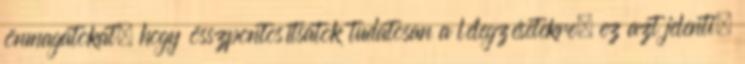
önmagatokat, hogy összpontosítsatok tudatosan a lélegzésetekre; ez azt jelenti,